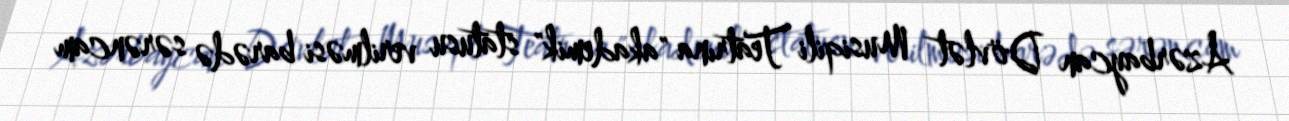
Azərbaycan Dövlət Musiqili Teatrına "akademik" statusu verilməsi barədə sərəncam